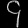
Digit: ၄